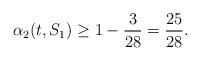
LaTeX: \begin{align*}\alpha_2(t,S_1) \geq 1 - \frac{3}{28} = \frac{25}{28}.\end{align*}